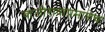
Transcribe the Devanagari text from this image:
बाजीरावाप्रमाणेच